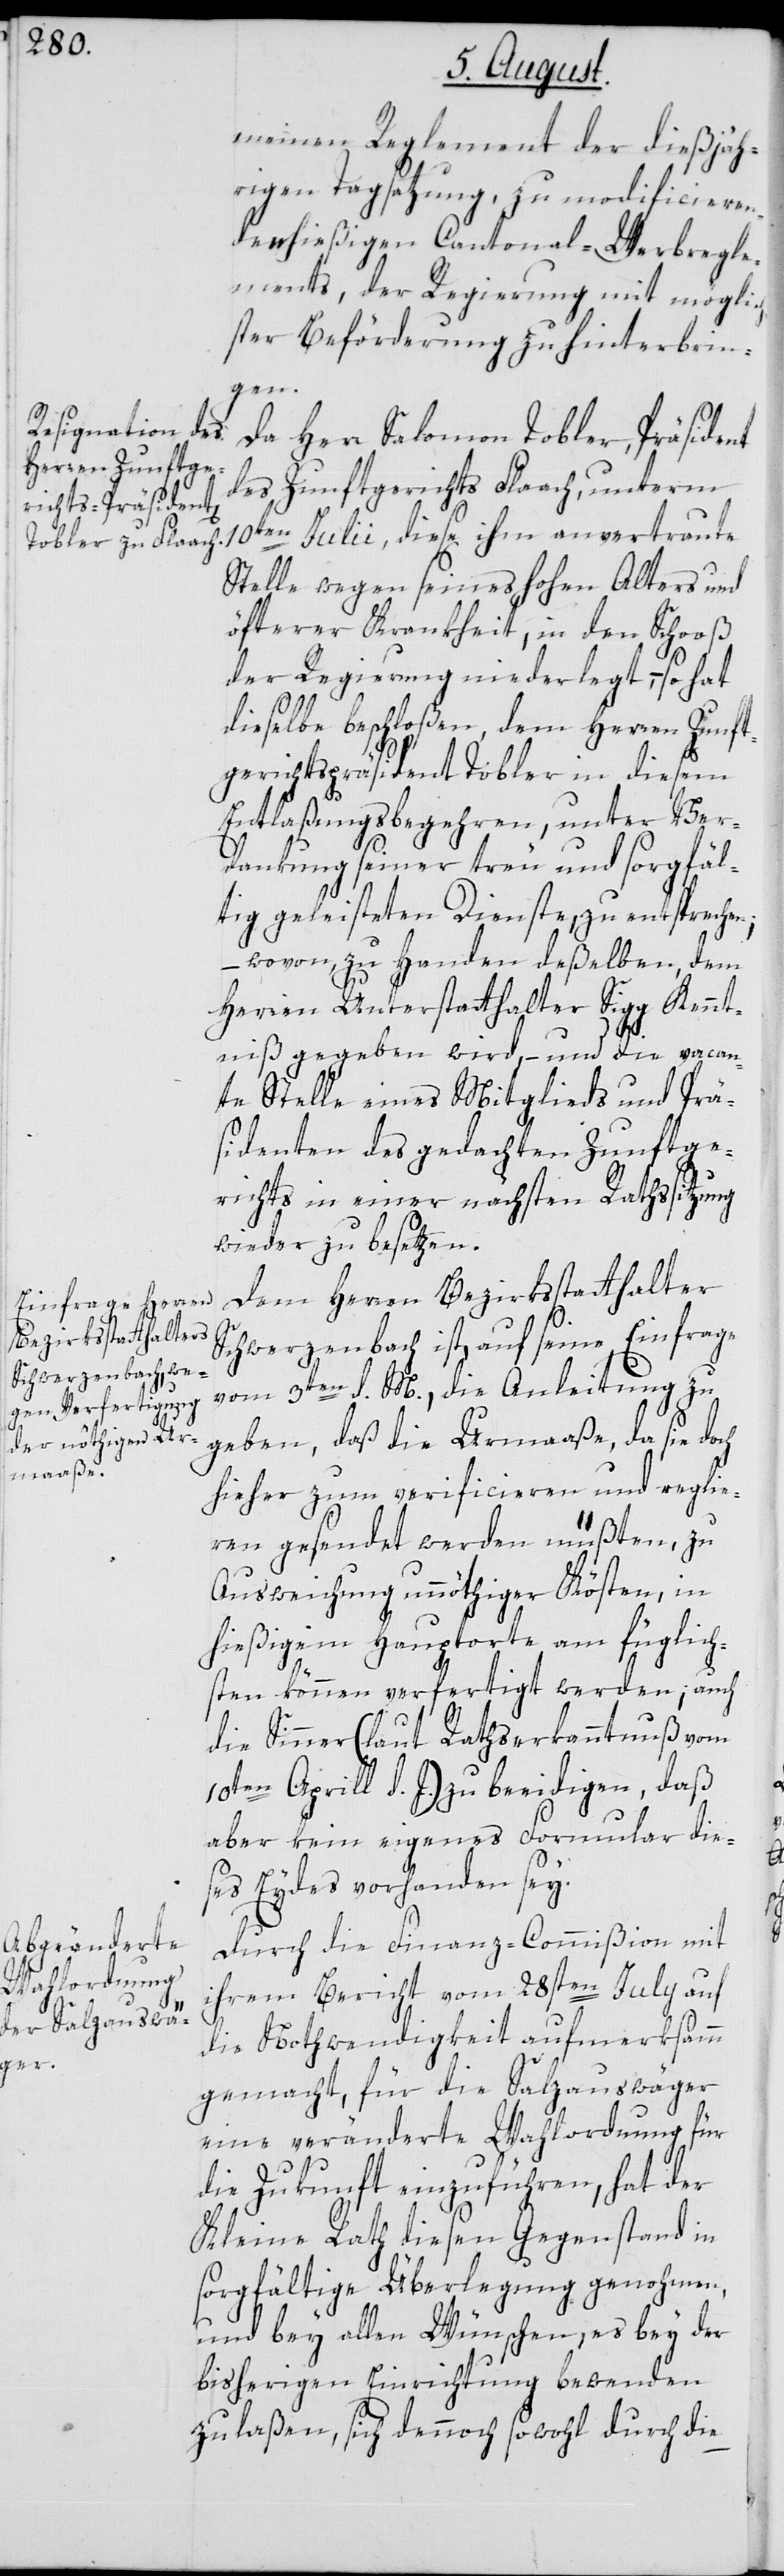
meinen Reglement der dießjäh¬
rigen Tagsatzung, zu modificieren¬
den hießigen Cantonal-Werbregle¬
ments, der Regierung mit möglic¬
hster Beförderung zu hinterbrin¬
gen.
Da Herr Salomon Tobler, Präsident
des Zunftgerichts Flaach, unterm
10ten Julii, diese ihm anvertraute
Stelle wegen seines hohen Alters und
öfterer Krankheit, in den Schooß
der Regierung niederlegt, – so hat
dieselbe beschloßen, dem Herren Zunft¬
gerichtspräsident Tobler in diesem
Entlaßungsbegehren, unter Ver¬
dankung seiner treu und sorgfäl¬
tig geleisteten Dienste, zu entsprechen;
wovon zu Handen deßelben dem
Herren Unterstatthalter Sigg Kennt¬
niß gegeben wird, – und die vacan¬
te Stelle eines Mitglieds und Prä¬
sidenten des gedachten Zunftge¬
richts in einer nächsten Rathssitzung
wieder zu besetzen.
Dem Herren Bezirksstatthalter
Schwerzenbach ist, auf seine Einfrage
vom 3ten d. M., die Anleitung zu
geben, daß die Urmaaße, da sie doch
hieher zum verificieren und reglie¬
ren gesendet werden müßten, zu
Ausweichung unnöthiger Kösten, in
hießigem Hauptorte am füglich¬
sten können verfertigt werden; auch
die Sinner (laut Rathserkanntnuß vom
10ten Aprill d. J.) zu beeidigen, daß
aber kein eigenes Formular die¬
ses Eydes vorhanden sey.
Durch die Finanz-Commißion mit
ihrem Bericht vom 28sten July auf
die Nothwendigkeit aufmerksamm
gemacht, für die Salzauswäger
eine veränderte Wahlordnung für
die Zukunft einzuführen, hat der
Kleine Rath diesen Gegenstand in
sorgfältige Überlegung genohmen,
und bey allen Wünschen, es bey der
bisherigen Einrichtung bewenden
zu laßen, sich dennoch sowohl durch die